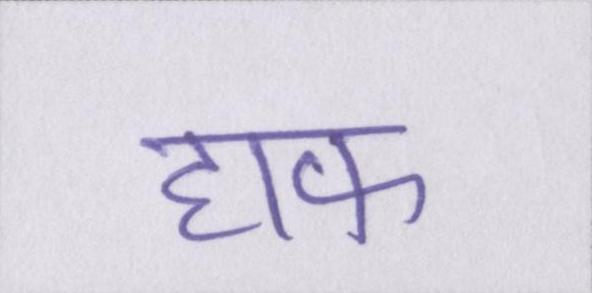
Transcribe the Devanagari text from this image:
हाफ